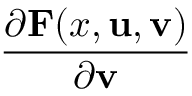
\frac { \partial \mathbf { F } ( x , \mathbf { u } , \mathbf { v } ) } { \partial \mathbf { v } }